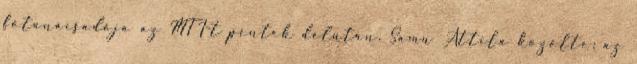
főtanácsadója az MTI-t péntek délután. Samu Attila közölte: az